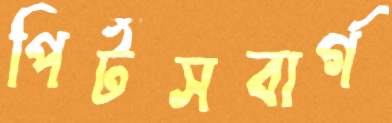
পির্টসবার্গ